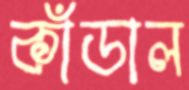
কাঁডাল